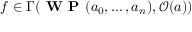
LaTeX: f \in \Gamma ( { \textbf { W P } } ( a _ { 0 } , \ldots , a _ { n } ) , { \mathcal { O } } ( a ) )